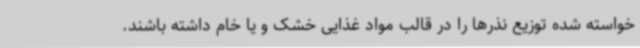
خواسته شده توزیع نذرها را در قالب مواد غذایی خشک و یا خام داشته باشند.